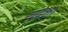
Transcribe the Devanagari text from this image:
संदेष्टा